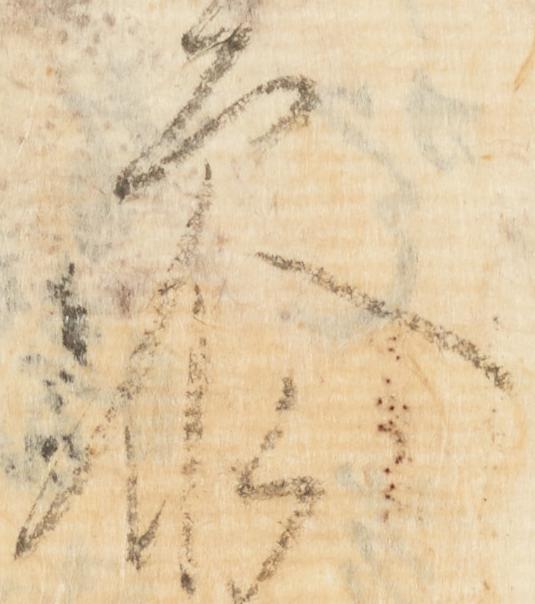
参